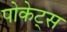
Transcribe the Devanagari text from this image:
पोकेट्स